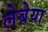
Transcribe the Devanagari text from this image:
लेबेया